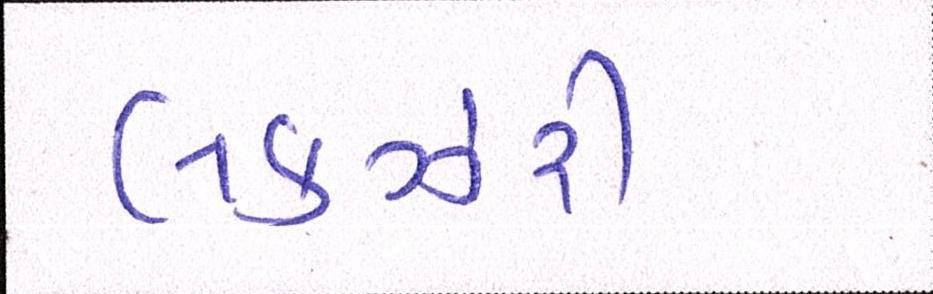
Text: લકઝરી